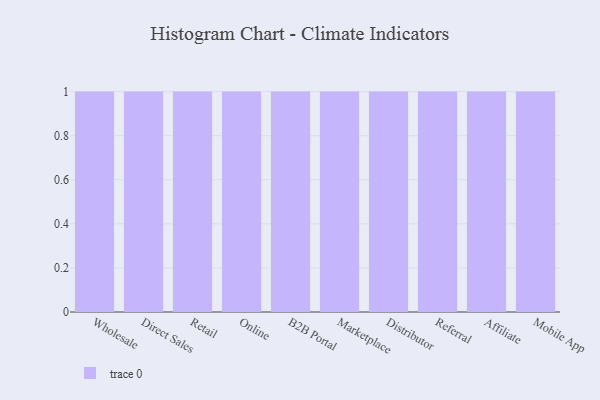
{"axis": {"x": "Channel", "y": "Production Output"}, "legend": [""], "data": [{"x": "Wholesale", "y": 38, "type": ""}, {"x": "Direct Sales", "y": 90, "type": ""}, {"x": "Retail", "y": 31, "type": ""}, {"x": "Online", "y": 98, "type": ""}, {"x": "B2B Portal", "y": 79, "type": ""}, {"x": "Marketplace", "y": 25, "type": ""}, {"x": "Distributor", "y": 16, "type": ""}, {"x": "Referral", "y": 18, "type": ""}, {"x": "Affiliate", "y": 35, "type": ""}, {"x": "Mobile App", "y": 87, "type": ""}]}